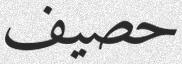
حصيف